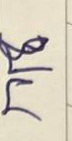
บน